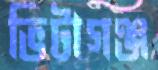
ভিটাগঞ্জ